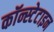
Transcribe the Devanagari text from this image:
कॉन्स्टेटाइन